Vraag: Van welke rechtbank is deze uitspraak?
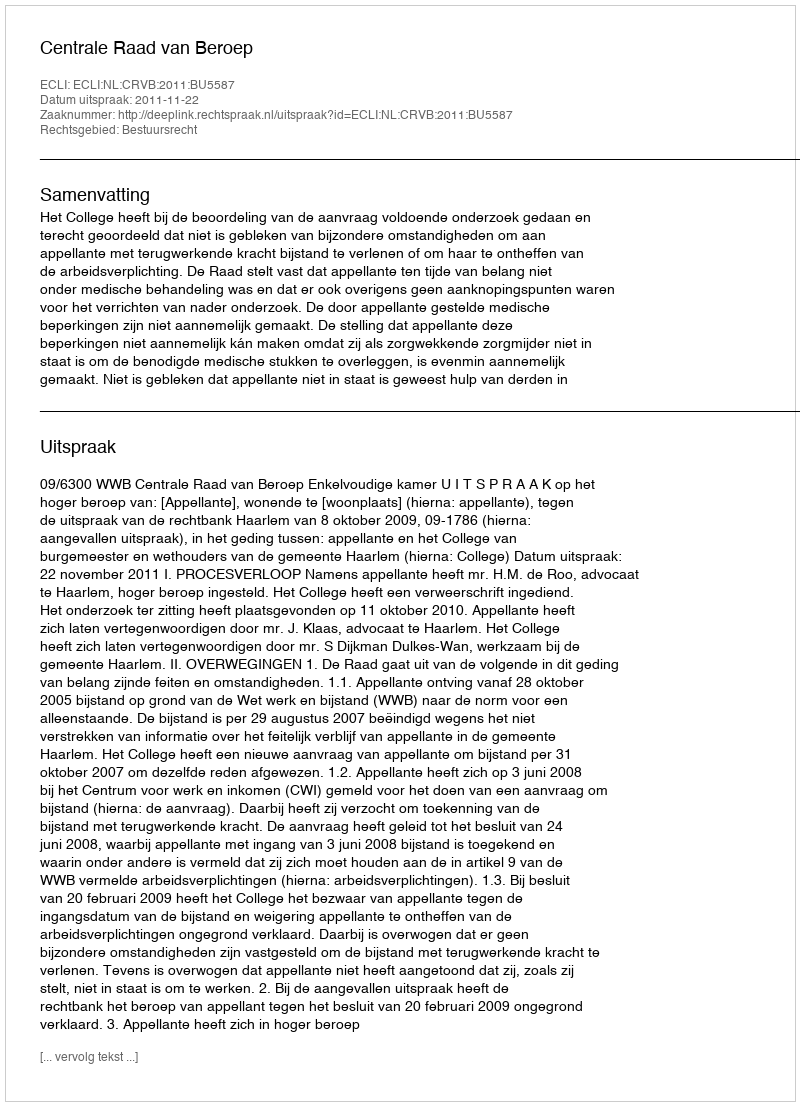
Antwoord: Centrale Raad van Beroep